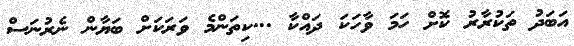
އަބަދު ތަކުރާރު ކޮށް ހަމަ ވާހަކަ ދައްކާ ...ކިތަންމެ ވަރަކަށް ބަޔާން ނެރުނަސް